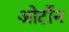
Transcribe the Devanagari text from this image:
ओर्टोन